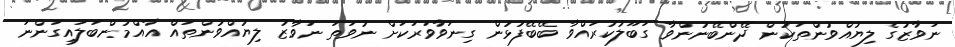
ނަވާޒުގެ ލިޔުއްވުންތަކުން ދޭންބޭނުންވާ ގަބޫލުކުރައްވާ ބޭބޭފުޅުން ގިނަވާވަރަކަށް ނުވަތަ ނަވާޒު ލިޔުއްވުންތައް އާއްމުންބަލައިގަންނަ